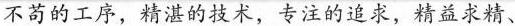
不苟的工序，精湛的技术，专注的追求，精益求精。